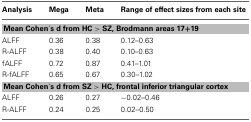
| Analysis | Mega | Meta | Range of effect sizes from each site |
 | --- | --- | --- | --- |
 | <COLSPAN=4> Mean Cohen's d from HC > SZ, Brodmann areas 17+19 |
 | ALFF | 0.36 | 0.38 | 0.12–0.63 |
 | R-ALFF | 0.38 | 0.40 | 0.10–0.63 |
 | fALFF | 0.72 | 0.87 | 0.41–1.01 |
 | R-fALFF | 0.65 | 0.67 | 0.30–1.02 |
 | <COLSPAN=4> Mean Cohen's d from SZ > HC, frontal inferior triangular cortex |
 | ALFF | 0.26 | 0.27 | −0.02–0.46 |
 | R-ALFF | 0.24 | 0.25 | 0.02–0.50 |